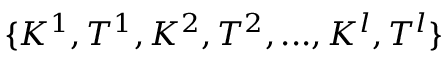
\{ K ^ { 1 } , T ^ { 1 } , K ^ { 2 } , T ^ { 2 } , . . . , K ^ { l } , T ^ { l } \}